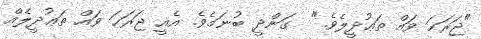
"ޖަރަޙަ ވައް ތަޢުދީލެވެ."  ގަންދީ ބުނަމެވެ. އެއީ ޖަރަޙަ ވައް ތަޢުދީލެއް